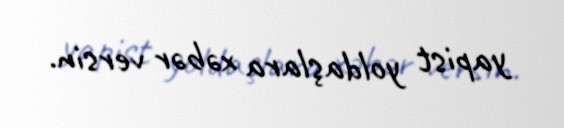
yapist yoldaşlara xəbər versin.